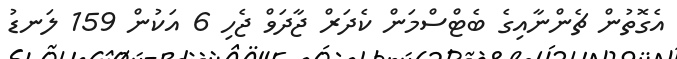
އެގޮތުން ޗެންނާއިގެ ބެޓްސްމަން ކެދަރް ޖާދަވް ޖެހި 6 އަކުން 159 ލަނޑު